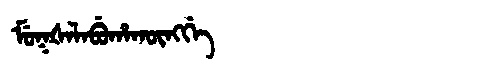
Manchu: ᠮᡠᡴᡧᠠᠯᠠᠪᡠᡥᠠᡴᡡᠩᡤᡝ
Romanization: MUKŠALABUHAKŪNGGE